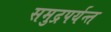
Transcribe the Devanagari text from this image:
समुद्रपर्यन्त